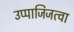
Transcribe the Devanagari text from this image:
उप्पाजिजत्वा